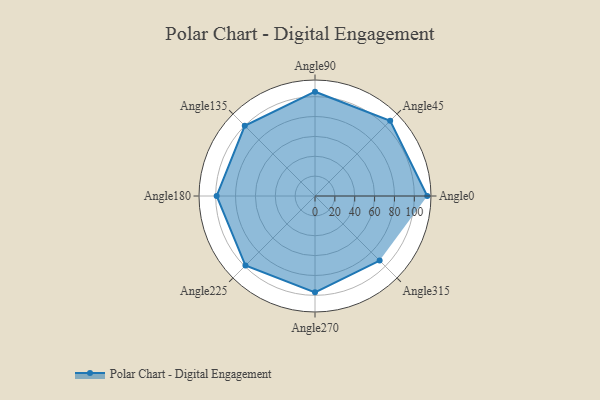
{"axis": {"x": "Angle", "y": "Radius"}, "legend": [""], "data": [{"x": "Angle0", "y": 113.0, "type": ""}, {"x": "Angle45", "y": 107.0, "type": ""}, {"x": "Angle90", "y": 105.0, "type": ""}, {"x": "Angle135", "y": 100.0, "type": ""}, {"x": "Angle180", "y": 99.0, "type": ""}, {"x": "Angle225", "y": 99.0, "type": ""}, {"x": "Angle270", "y": 97.0, "type": ""}, {"x": "Angle315", "y": 92.0, "type": ""}]}